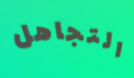
التجاهل